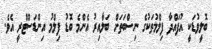
ބޮލީވުޑަކީ އުފައްދާ ފިލްމުތަކުގެ ނިސްބަތަށް ބަލާއިރު އެންމެ ބޮޑު ފިލްމު އިންޑަސްޓްރީ އެވެ.